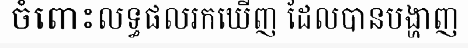
ចំពោះលទ្ធផលរកឃើញ ដែលបានបង្ហាញ